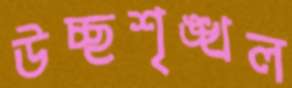
উচ্ছশৃঙ্খল